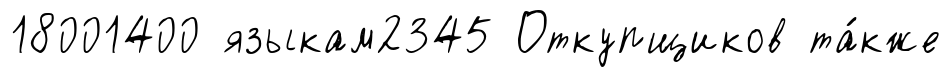
18001400 языкам2345 Откупщиков та́кже